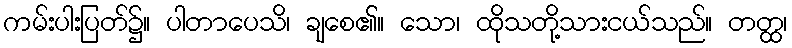
ကမ်းပါးပြတ်၌။ ပါတာပေသိ၊ ချစေ၏။ သော၊ ထိုသတို့သားငယ်သည်။ တတ္ထ၊